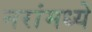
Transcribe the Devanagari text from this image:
नरांमध्ये